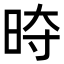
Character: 𭥱